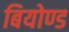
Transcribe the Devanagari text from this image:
बियोण्ड